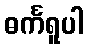
ဓင်္ကရူပါ